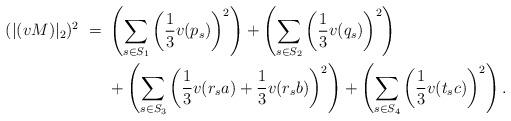
LaTeX: \begin{align*}(|(vM)|_2)^2 \ = \ &\left( \sum_{s \in S_1} \left(\frac{1}{3} v(p_s) \right)^2 \right) + \left( \sum_{s \in S_2} \left(\frac{1}{3} v(q_s) \right)^2 \right) \\&+ \left( \sum_{s \in S_3} \left(\frac{1}{3} v(r_s a) + \frac{1}{3} v(r_s b) \right)^2 \right)+ \left( \sum_{s \in S_4} \left(\frac{1}{3} v(t_s c) \right)^2 \right).\end{align*}